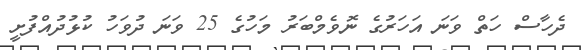
ދެހާސް ހަތް ވަނަ އަހަރުގެ ނޮވެމްބަރު މަހުގެ 25 ވަނަ ދުވަހު ކުޅުދުއްފުށީ